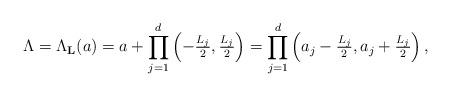
LaTeX: \begin{align*}\Lambda=\Lambda_{\mathbf{L}}(a)=a+\prod_{j=1}^d\left(-\tfrac{L_j}{2},\tfrac{L_j}{2}\right)=\prod_{j=1}^d\left(a_j-\tfrac{L_j}{2},a_j+\tfrac{L_j}{2}\right),\end{align*}